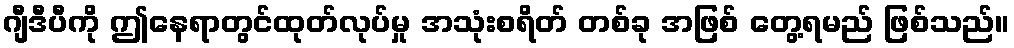
ဂျီဒီပီကို ဤနေရာတွင်ထုတ်လုပ်မှု အသုံးစရိတ် တစ်ခု အဖြစ် တွေ့ရမည် ဖြစ်သည်။